画像に写った文字を読んでください
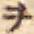
「ヲ」と書いてあります